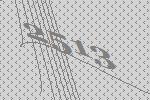
2513